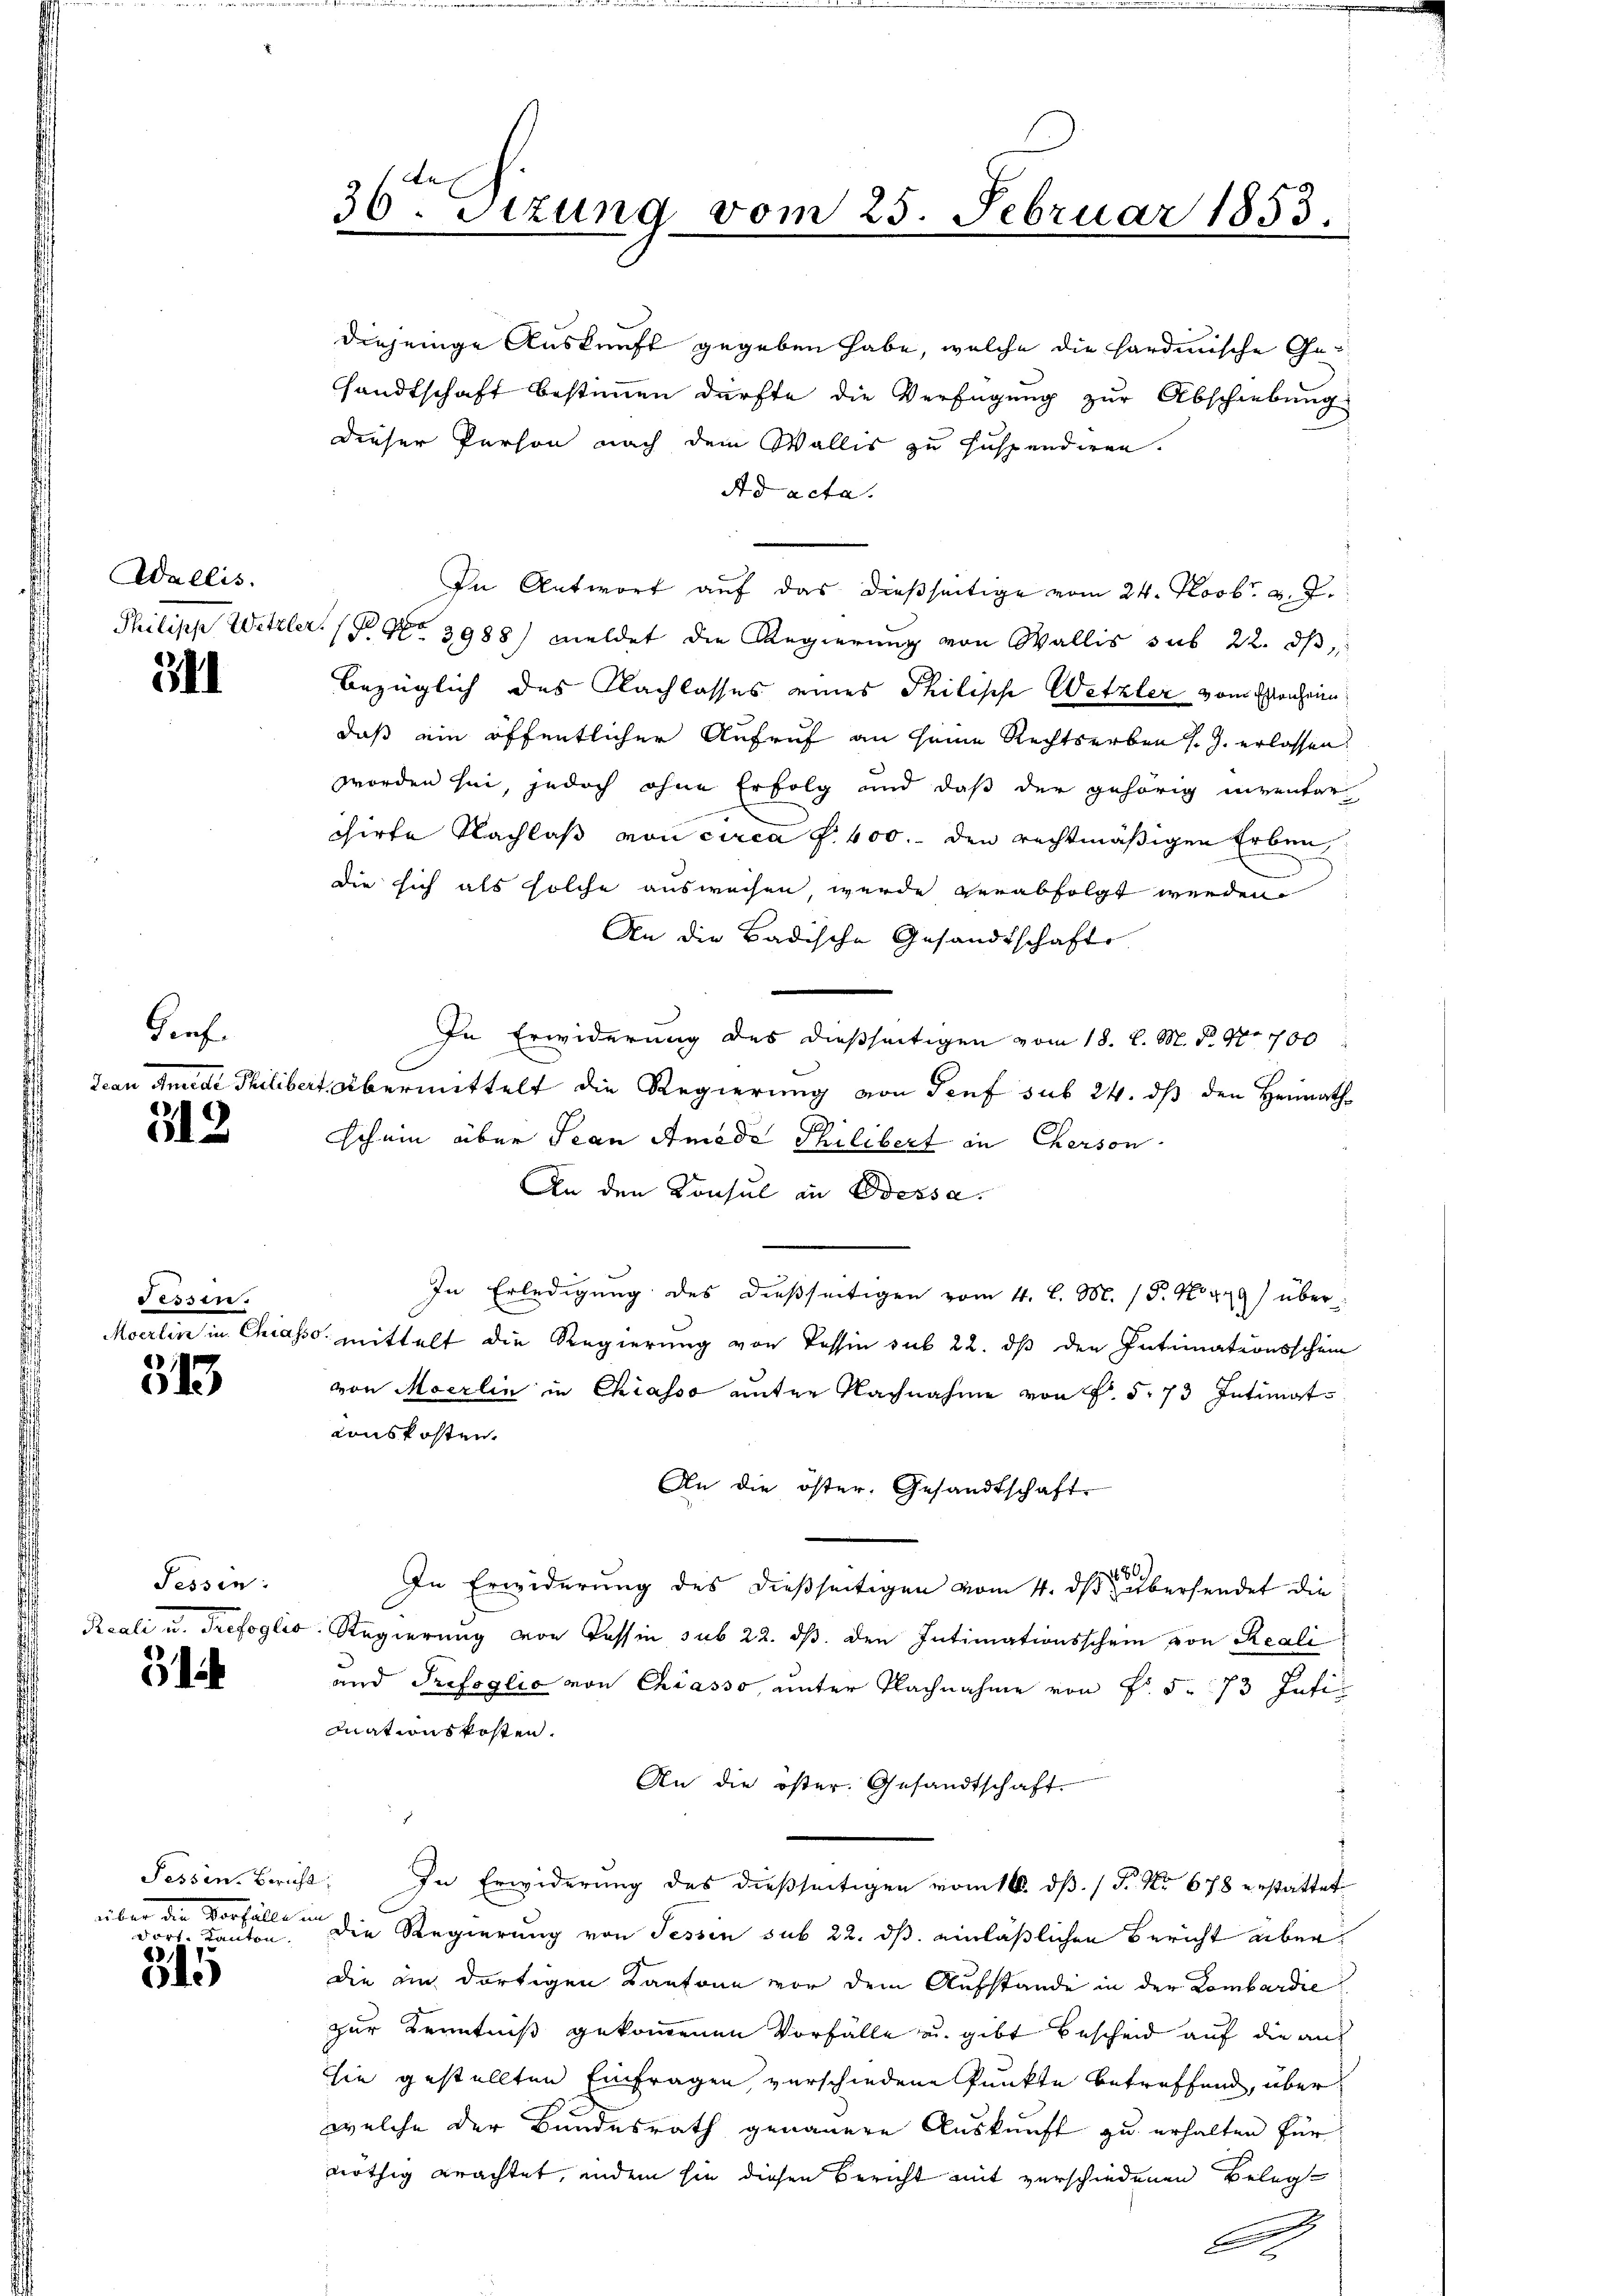
Wallis.

341

Graf.
Jean Anrede Milibe

312

Sessen.
Kanalen in Alinas
1

)

Fessen:

5

Fessen. Bericht
über die Vorfälle in
darf, Kanton

315

36. Stzung vom 25. Februar 1853.

Ad acta.
In Antwort auf das dießseitige vom 24. Novbr. d. J.
Philipp Wetzler (§ 93988) meldet die Regierung von Wallis sub 22. dβ,
bezüglich des Nachlasses eines Philische Wetzler vom Ehenheim
daß ein öffentlicher Aufruf an seine Rechtserben s. Z. erlassen.
worden sei, jedoch ohne Erfolg und daß der gehörig inventar
chirte Nachlaß von circa f. 400.- den rechtmäßigen Erben,
e
die sich als solche ausweisen wurde verabfolgt werden.
An die Badische Gesandtschaft
In Erwiderung des dießseitigen vom 18. d. M. d. No 700
at übermittelt die Regierung von Senf sub 24. ds den Heimathschein über Jean Amede Philibert in Cherson
An den Konsul in Bessa.
In Erledigung des dießseitigen vom 4. l. M. P. No 479) über
30. Mittelt die Regierung von Tessin sub 22. dß den Intimationsschein
von Moerlin in Chiasso unter Nachnahme von S. 573 Intimat
auskosten.
An die öster. Gesandtschaft.
In Erwiderung des dießseitigen vom 4. dβ übersendet die
Reali u. Trefoglio Regierung von Kassin sub 22. ds. den Intimationsschein von Reali
und Prefoglio von Chiasso, unter Nachnahme von Fr. 5. 73 Intiz
siationskosten.
An die öster. Gesandtschaft.
In Erwiderung des dießseitigen vom 16. dß. / P. Nr. 678 erstattet
Die Regierung von Tessin sub 22. ds. einläßlichen Bericht aberdie ein dortigen Kantone vor dem Aufstande in der Lombardie
zur Kenntniß gekommenen Vorfälle u. gibt bescheid auf die auf
sie gestellten Einfragen verschiedene Punkte betreffend, über
welche der Bundesrath genauere Auskunft zu erhalten für
nöthig erachtet, indem sie diesen Bericht mit verschiedenen Belegt
C

diejenige Auskunft gegeben habe, welche die hardinische Gesandtschaft bestimmen dürfte die Verfügung zur Abschiebung
dieser Person nach dem Wallis zu suspendiren.